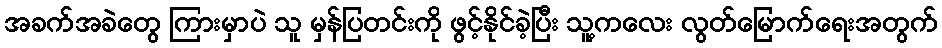
အခက်အခဲတွေ ကြားမှာပဲ သူ မှန်ပြတင်းကို ဖွင့်နိုင်ခဲ့ပြီး သူ့ကလေး လွတ်မြောက်ရေးအတွက်